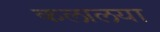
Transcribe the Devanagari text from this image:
कलालया